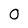
Character: 0